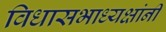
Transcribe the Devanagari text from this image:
विधासभाध्यक्षांनी